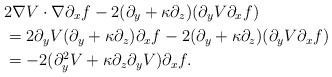
LaTeX: \begin{align*}&2\nabla V\cdot\nabla\partial_xf-2(\partial_y+\kappa\partial_z) (\partial_yV\partial_xf)\\&=2\partial_yV(\partial_y+\kappa\partial_z)\partial_x f-2(\partial_y+\kappa\partial_z)(\partial_yV\partial_xf)\\&=-2(\partial_y^2V+\kappa\partial_z\partial_yV)\partial_xf.\end{align*}